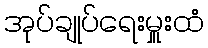
အုပ်ချုပ်ရေးမှူးထံ